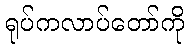
ရုပ်ကလာပ်တော်ကို